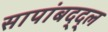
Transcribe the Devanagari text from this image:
सापांबद्द्ल